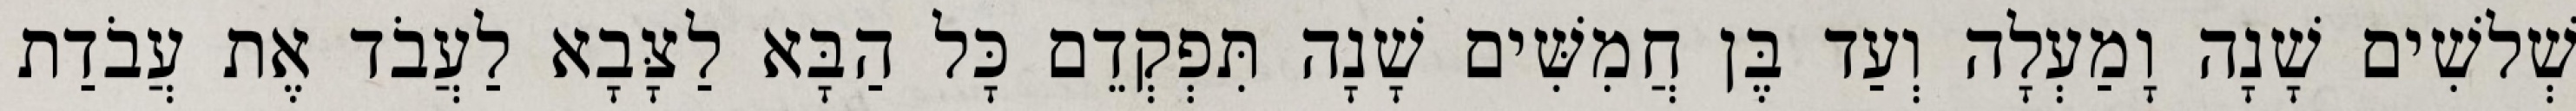
שְׁלשִׁים שָׁנָה וָמַעְלָה וְעַד בֶּן חֲמִשִּׁים שָׁנָה תִּפְקְדֵם כָּל הַבָּא לַצָּבָא לַעֲבֹד אֶת עֲבֹדַת